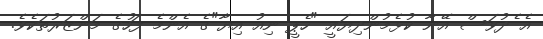
އެ ެދުވަސް އޭނާ ކުޅެމުންދިޔައީ "ހެޕީ ނިއު އިޔާ"ގެ އެންމެ ފަހުގެ މަންޒަރުތަކެވެ.